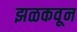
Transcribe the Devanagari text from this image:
झळकवून